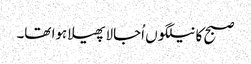
صبح کا نیلگوں اُجالا پھیلا ہوا تھا۔